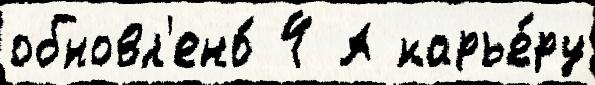
обновл'ено́ 4 А карье́ру